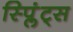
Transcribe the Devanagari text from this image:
स्प्लिंट्स